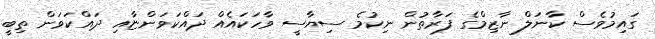
ގައިމުވެސް ކާނަލް ނާޒިމްގެ ފަރާތުން ނިކުމެ ސިޔާސީ ވާހަކައެއް ދައްކަވަންޏާއި ދައްކަވަން ތިބީ